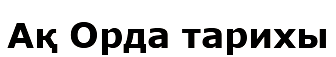
Ақ Орда тарихы